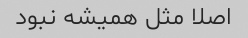
اصلا مثل همیشه نبود